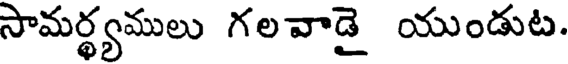
సామర్థ్యములు గలవాడై యుండుట.